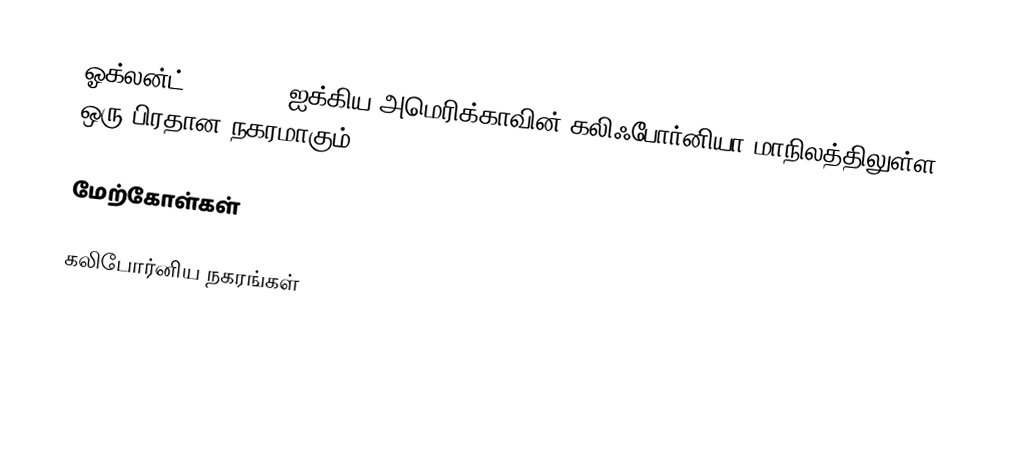
ஓக்லன்ட் (Oakland) ஐக்கிய அமெரிக்காவின் கலிஃபோர்னியா மாநிலத்திலுள்ள ஒரு பிரதான நகரமாகும்.

மேற்கோள்கள்

கலிபோர்னிய நகரங்கள்